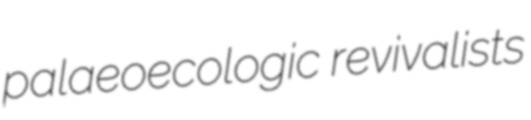
palaeoecologic revivalists